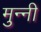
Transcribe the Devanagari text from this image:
मुन्‍नी